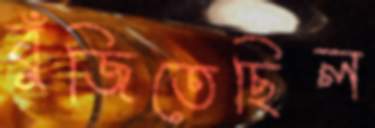
বুঁজিতেছিল